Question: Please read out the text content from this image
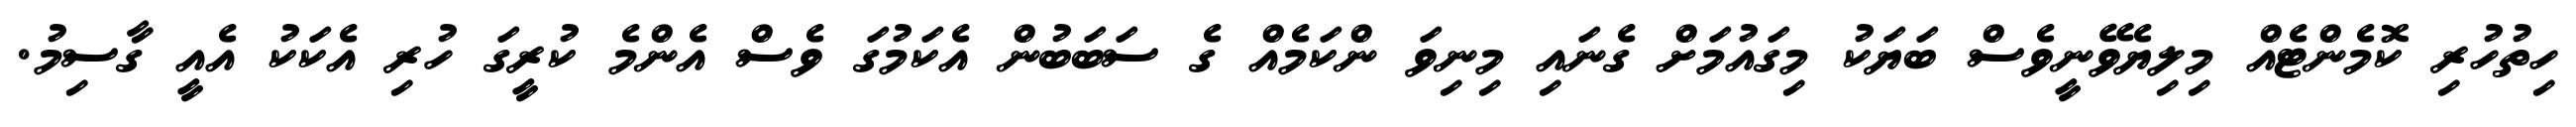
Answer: ހިތުހުރި ކޮމެންޓެއް މިލިޔެވޭނީވެސް ބަޔަކު މިގައުމަށް ގެނައި މިނިވަ ންކަމެއް ގެ ސަބަބުން އެކަމުގަ ވެސް އެންމެ ކުރީގަ ހުރި އެކަކު އެއީ ގާސިމު.